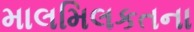
માલમિલકતના